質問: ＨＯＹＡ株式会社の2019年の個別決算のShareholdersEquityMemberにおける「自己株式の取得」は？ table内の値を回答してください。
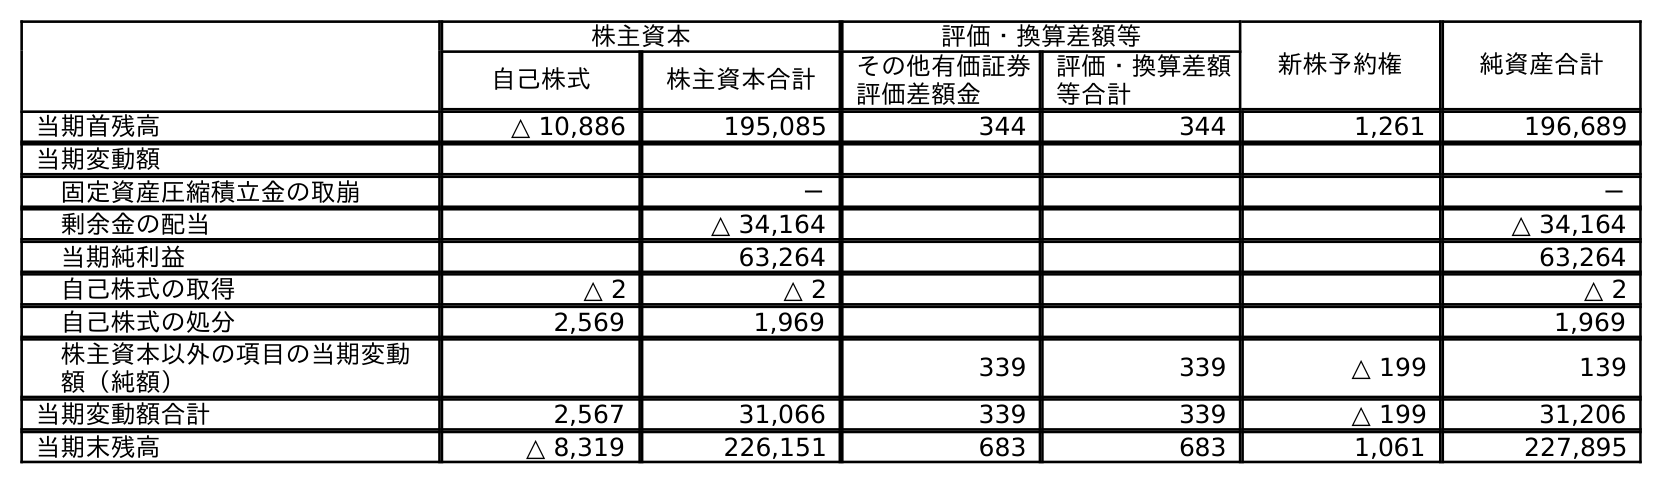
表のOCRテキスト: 株主資本 評価・換算差額等 新株予約権 純資産合計 自己株式 株主資本合計 その他有価証券 評価差額金 評価・換算差額 等合計 当期首残高 △ 10,886 195,085 344 344 1,261 196,689 当期変動額 固定資産圧縮積立金の取崩 － － 剰余金の配当 △ 34,164 △ 34,164 当期純利益 63,264 63,264 自己株式の取得 △ 2 △ 2 △ 2 自己株式の処分 2,569 1,969 1,969 株主資本以外の項目の当期変動 額（純額） 339 339 △ 199 139 当期変動額合計 2,567 31,066 339 339 △ 199 31,206 当期末残高 △ 8,319 226,151 683 683 1,061 227,895
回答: △2